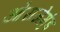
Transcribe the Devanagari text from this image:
ओरांजेमुंड